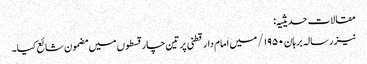
مقالات حدیثیہ:
نیز رسالہ برہان ۱۹۵۰/ میں امام دارقطنی پر تین چار قسطوں میں مضمون شائع کیا۔